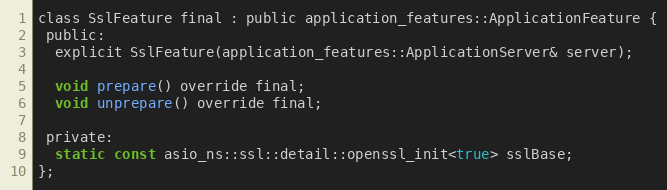
Language: C
class SslFeature final : public application_features::ApplicationFeature {
 public:
  explicit SslFeature(application_features::ApplicationServer& server);

  void prepare() override final;
  void unprepare() override final;

 private:
  static const asio_ns::ssl::detail::openssl_init<true> sslBase;
};